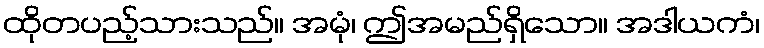
ထိုတပည့်သားသည်။ အမုံ၊ ဤအမည်ရှိသော။ အဒါယကံ၊